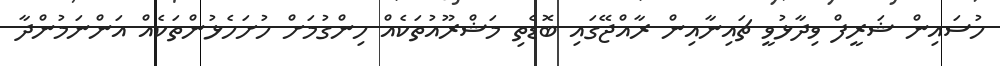
ހުސައިން ޝަރީފް ވިދާޅުވީ ޗައިނާއިން ރާއްޖޭގައި ބޮޑެތި މަޝްރޫއުތަކެއް ހިންގުމަށް ހުށަހެޅުންތަކެއް އަންނަމުންދާ